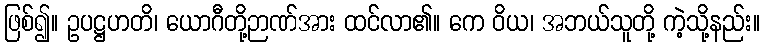
ဖြစ်၍။ ဥပဋ္ဌဟတိ၊ ယောဂီတို့ဉာဏ်အား ထင်လာ၏။ ကေ ဝိယ၊ အဘယ်သူတို့ ကဲ့သို့နည်း။